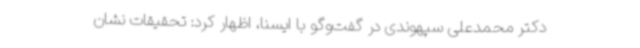
دکتر محمدعلی سپهوندی در گفت‌وگو با ایسنا، اظهار کرد: تحقیقات نشان